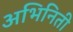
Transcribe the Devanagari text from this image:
अभिनिती